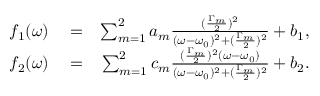
\begin{array} { r l r } { ~ f _ { 1 } ( \omega ) } & { { } = } & { \sum _ { m = 1 } ^ { 2 } a _ { m } \frac { ( \frac { \Gamma _ { m } } { 2 } ) ^ { 2 } } { ( \omega - \omega _ { 0 } ) ^ { 2 } + ( \frac { \Gamma _ { m } } { 2 } ) ^ { 2 } } + b _ { 1 } , } \\ { f _ { 2 } ( \omega ) } & { { } = } & { \sum _ { m = 1 } ^ { 2 } c _ { m } \frac { ( \frac { \Gamma _ { m } } { 2 } ) ^ { 2 } ( \omega - \omega _ { 0 } ) } { ( \omega - \omega _ { 0 } ) ^ { 2 } + ( \frac { \Gamma _ { m } } { 2 } ) ^ { 2 } } + b _ { 2 } . } \end{array}